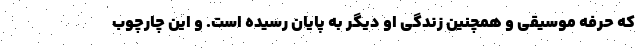
که حرفه موسیقی و همچنین زندگی او دیگر به پایان رسیده است. و این چارچوب